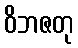
ဝိဘဇတု